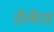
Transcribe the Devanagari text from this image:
तेलेरड